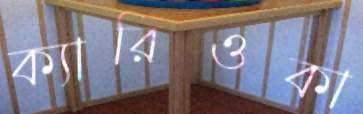
ক্যারিওকা